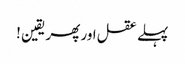
پہلے عقل اور پھر یقین !